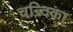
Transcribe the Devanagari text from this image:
चन्र्दिका